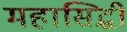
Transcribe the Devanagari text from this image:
महासिद्धी